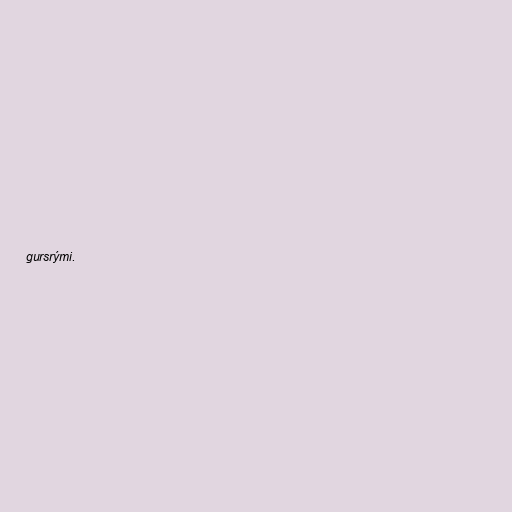
gursrými.